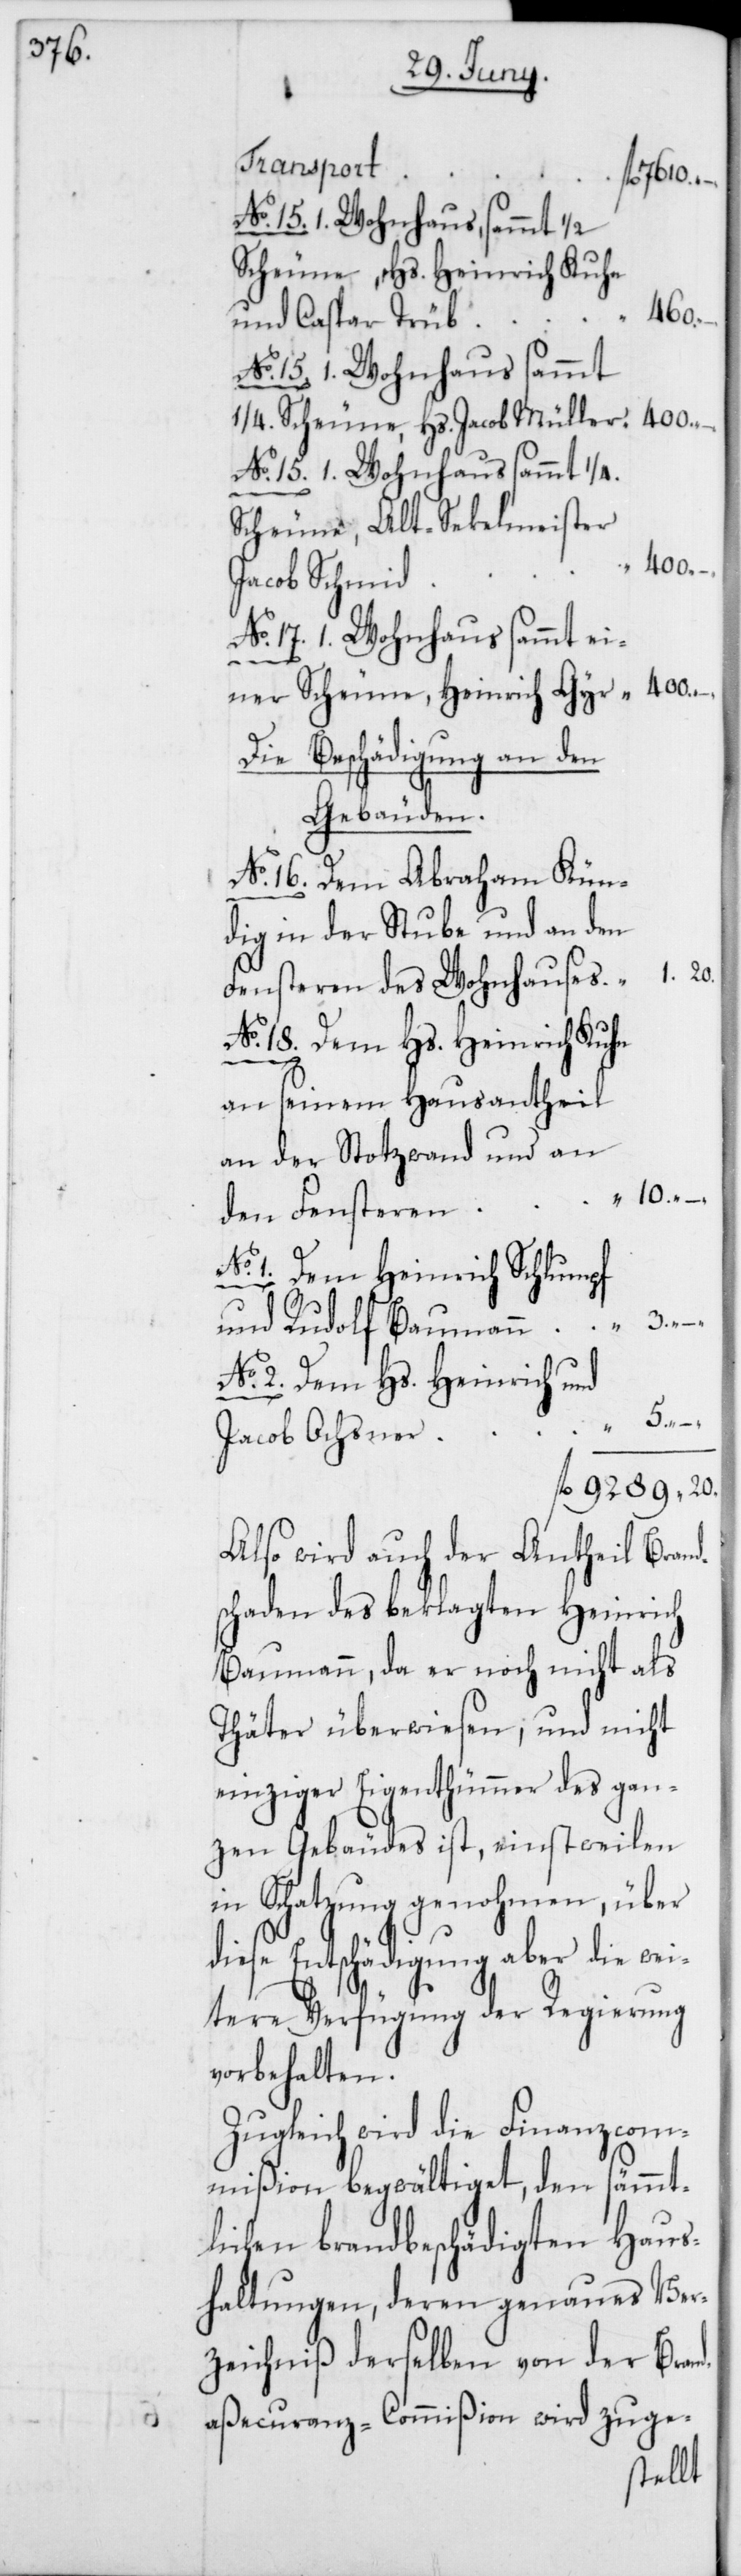
Finanzcom¬
“
15. 1. Wohnhaus, sammt 1/2
Scheune, Hs. Heinrich Kuhn
460.
u. Caspar Trüb
sämmt¬
15. 1. Wohnhaus sammt
11/4. Scheune, Hs. Jacob Müller
No. 15. 1. Wohnhaus sammt 1/4.
400.
Jacob Schmid
No. 17. 1. Wohnhaus sammt ei¬
ner Scheune, Heinrich Gyr
Die Beschädigungen
Gebäuden.
No. 16. Dem Abraham Kün¬
dig in der Stube und an den
Fensteren des Wohnhauses
an seinem Hausantheil
an der Stotzwand und an
gierung
den Fensteren
No. 1. Dem Heinrich
und Rudolf Baumann
No. 2. Dem Hs. Heinrich und
Jacob Ochsner
Also wird auch der An¬
schaden des beklagten Heinrich
Baumann, da er noch nicht als
Thäter überwiesen, und
einziger Eigenthümmer des gan¬
zen Gebäudes ist, einstwe¬
in Schatzung genohmen,
diese Entschädigung aber
tere Verfügung der Re¬
vorbehalten.
Zugleich wird die
mißion begwältiget, den
lichen brandbeschädigten
haltungen, deren genau¬
zeichniß derselben von
aßecuranz-Commißion wird

Brand¬

der
zuge-